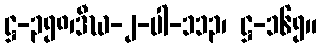
ဋ္ဌ-၃၅၈၊ဒီဃ-၂-ပါ-၁၁၃၊ ဋ္ဌ-၁၆၅။